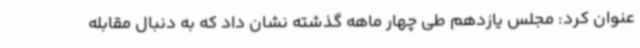
عنوان کرد: مجلس یازدهم طی چهار ماهه گذشته نشان داد که به دنبال مقابله